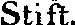
Stift.